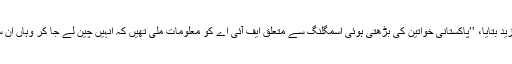
جمیل احمد نے اس حوالے سے مزید بتایا، ’’پاکستانی خواتین کی بڑھتی ہوئی اسمگلنگ سے متعلق ایف آئی اے کو معلومات ملی تھیں کہ انہیں چین لے جا کر وہاں ان سے جسم فروشی کرائی جاتی ہے۔